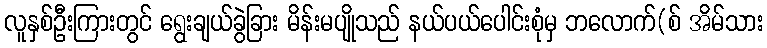
လူနှစ်ဦးကြားတွင် ရွေးချယ်ခွဲခြား မိန်းမပျိုသည် နယ်ပယ်ပေါင်းစုံမှ ဘလောက်(စ် အိမ်သား